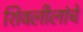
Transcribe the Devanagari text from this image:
शिवलीलांचे